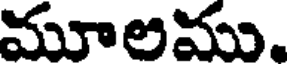
మూలము.